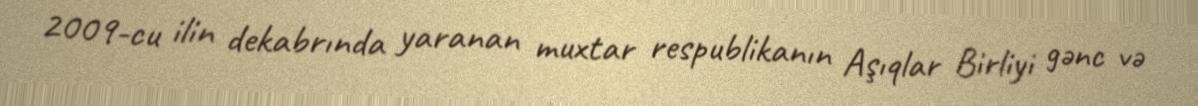
2009-cu ilin dekabrında yaranan muxtar respublikanın Aşıqlar Birliyi gənc və